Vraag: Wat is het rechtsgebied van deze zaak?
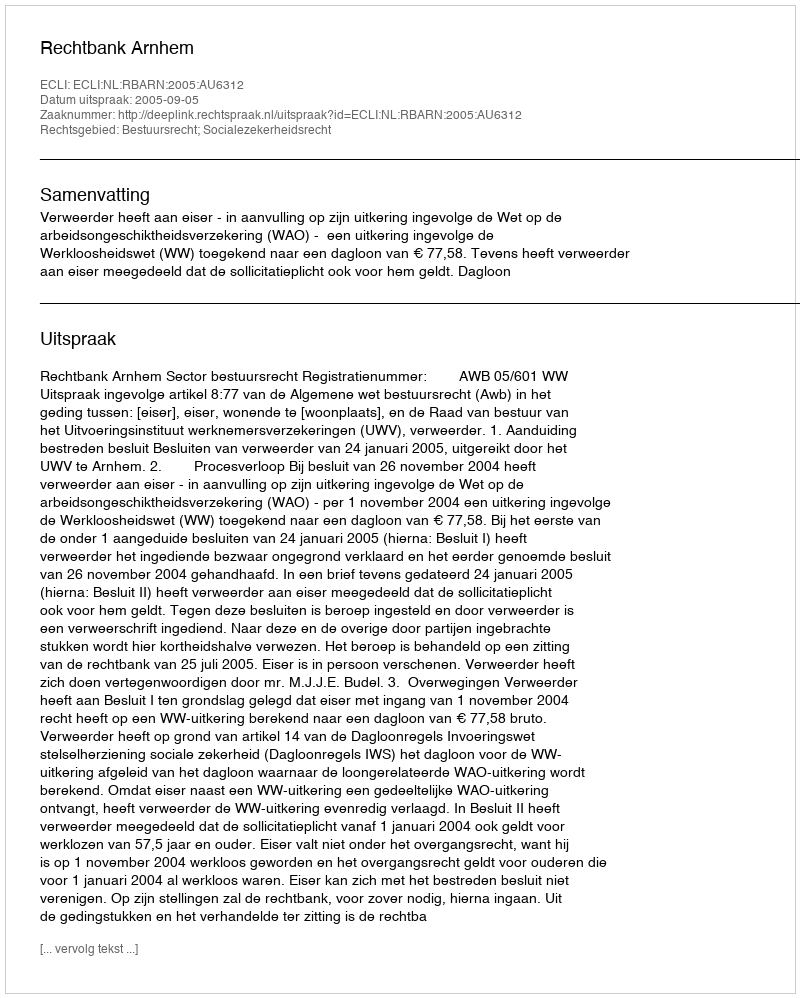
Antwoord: Bestuursrecht; Socialezekerheidsrecht